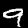
Digit: 9